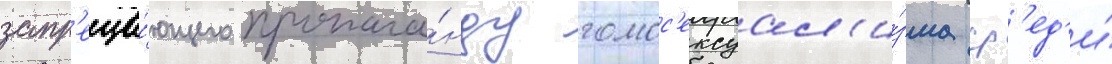
запр'еща́ющего пропага́нду гомос'ексуал'и́зма ср'ед'и́